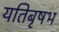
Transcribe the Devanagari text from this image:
यतिबृषभ